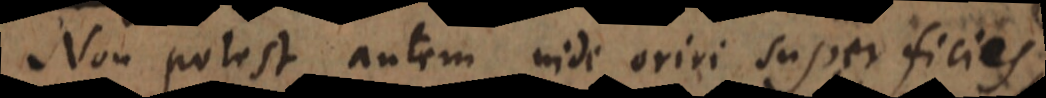
Non potest autem inde oriri superficies,